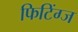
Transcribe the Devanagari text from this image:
फिटिंग्ज